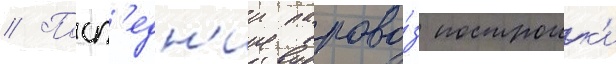
// Посл'едн'ии парово́з построик'и